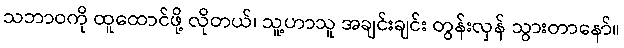
သဘာဝကို ထူထောင်ဖို့ လိုတယ်၊ သူ့ဟာသူ အချင်းချင်း တွန်းလှန် သွားတာနော်။